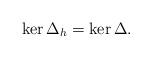
LaTeX: \begin{align*}\ker\Delta_h = \ker\Delta.\end{align*}